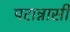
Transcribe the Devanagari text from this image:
परान्नासी